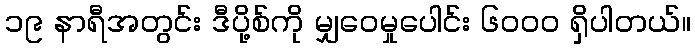
၁၉ နာရီအတွင်း ဒီပို့စ်ကို မျှဝေမှုပေါင်း ၆၀၀၀ ရှိပါတယ်။